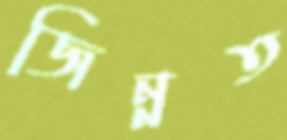
জিন্নত